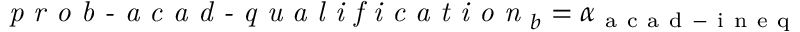
\textit { p r o b - a c a d - q u a l i f i c a t i o n } _ { b } = \alpha _ { \mathrm { ~ a ~ c ~ a ~ d ~ - ~ i ~ n ~ e ~ q ~ } }